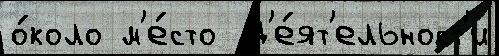
о́коло м'е́сто  д'е́ят'ельност'и